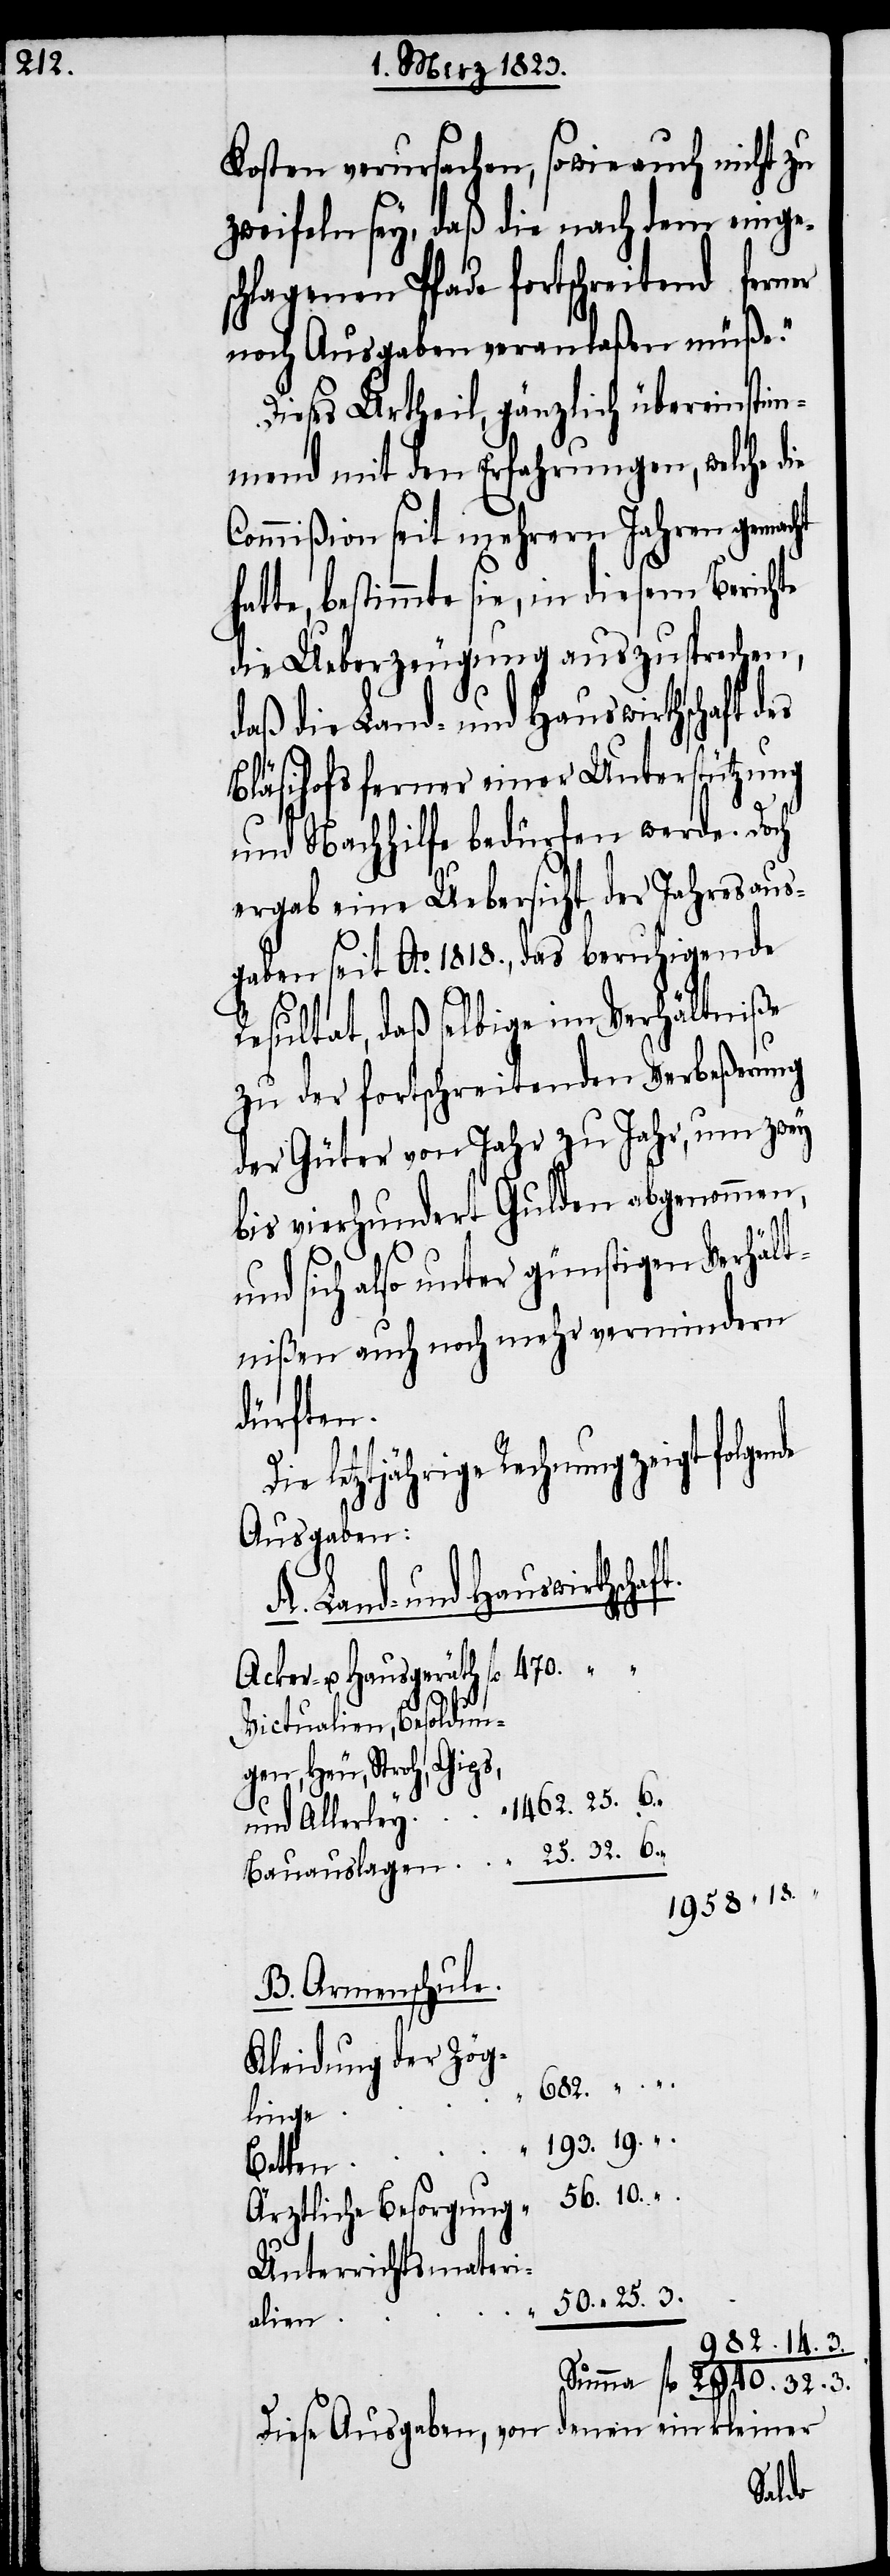
14.

Kosten verursachen, sowie auch nicht zu
zweifeln sey, daß die nach dem einges¬
chlagenen Pfade fortschreitend ferner
noch Ausgaben veranlaßen müße.“
Dieses Urtheil, gänzlich übereinstim¬
mend mit den Erfahrungen, welche die
Commißion seit mehrern Jahren gemacht
te, bestimmte sie, in diesem Berichte
die Ueberzeugung auszusprechen,
daß die Land- und Hauswirthschaft
Bläsihofs ferner einer Unterstützung
und Nachhilfe bedürfen werde. Doch
ergab eine Uebersicht der Jahresaus¬
gaben seit Ao. 1818., das beruhigende
Resultat, daß selbige im Verhältniße
zu der fortschreitenden Verbeßerung
der Güter von Jahr zu Jahr, um zwe¬
bis vierhundert Gulden abgenommen,
3.
und sich also unter günstigen Verhält¬
nißen auch noch mehr vermindern
dürften.
letztjährige Rechnung zeigt
Ausgaben:
A. Land- und Hauswirthscha¬
Acker- u. Hausgeräth
Victualien, Besoldun¬
gen, Heu, Stroh,
Bauauslagen
B. Armenschule.
Kleidung der Zög¬
„.
linge
„
Betten
Ärztliche Besorgung
Unterrichtsmateri¬
alien
Diese Ausgaben, von denen ein kleiner
hat¬